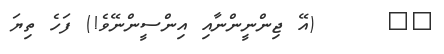
٦٩     (އޭ ޖިންނީންނާއި އިންސީންނޭވެ!) ފަހެ ތިޔަ